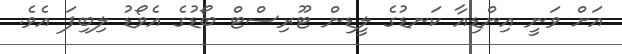
އަށް ވަނީ އިންޑިއާ ކަނޑުގެ ލީޑިން ޓޫރިސްޓް ބޯޑުގެ އެވޯޑު ލިބިފަ އެވެ.